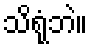
သိရုံဘဲ။